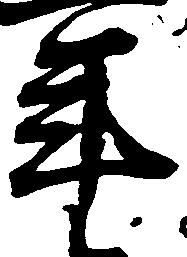
年